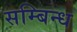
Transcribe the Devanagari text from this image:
सम्बिन्ध